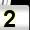
Digit: 2